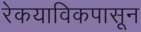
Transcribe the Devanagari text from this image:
रेकयाविकपासून